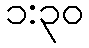
၁:၃၀